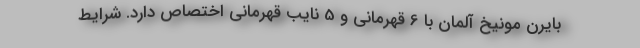
بایرن مونیخ آلمان با 6 قهرمانی و 5 نایب قهرمانی اختصاص دارد. شرایط